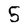
Character: S